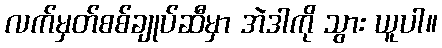
လက်မှတ်စစ်ချုပ်ဆီမှာ အဲဒါကို သွား ယူပါ။